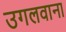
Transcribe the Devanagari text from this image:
उगलवाना